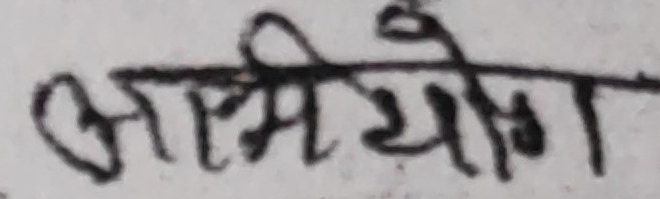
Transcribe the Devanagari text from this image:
अभियोग